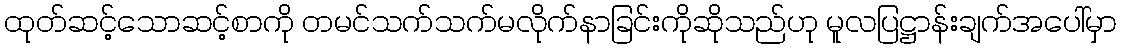
ထုတ်ဆင့်သောဆင့်စာကို တမင်သက်သက်မလိုက်နာခြင်းကိုဆိုသည်ဟု မူလပြဋ္ဌာန်းချက်အပေါ်မှာ